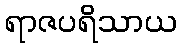
ရာဇပရိသာယ